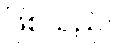
ဖြစ်သည်။